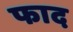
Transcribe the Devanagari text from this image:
फाद